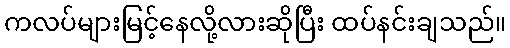
ကလပ်များမြင့်နေလို့လားဆိုပြီး ထပ်နင်းချသည်။